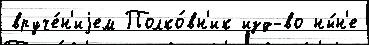
вруче́н'иjем Полко́вн'ик изд-во ны́н'е